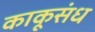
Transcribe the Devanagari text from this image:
काकूसंध